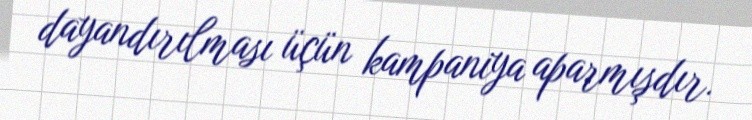
dayandırılması üçün kampaniya aparmışdır.